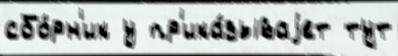
сбо́рн'ик у пр'ика́зываjет тут